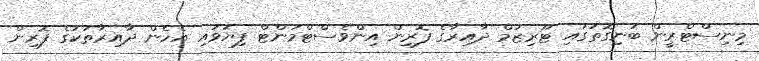
މިނިސްޓްރީން ބުނިގޮތުގައި ޓޫރިޒަމް ދާއިރާގެ ފޮރިން އިންވެސްޓްމަންޓް ފިޔަވައި އެހެން ދާއިރާތަކުގެ ފޮރިން